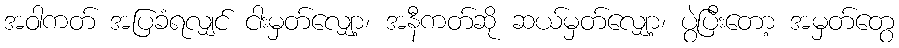
အဝါကတ် အပြခံရလျှင် ငါးမှတ်လျှော့၊ အနီကတ်ဆို ဆယ်မှတ်လျှော့၊ ပွဲပြီးတော့ အမှတ်တွေ